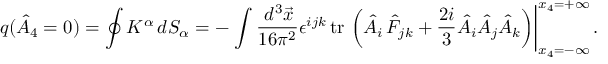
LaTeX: q ( \hat { A } _ { 4 } = 0 ) = \oint K ^ { \alpha } \, d S _ { \alpha } = - \left. \int \frac { \, d ^ { 3 } \vec { x } } { 1 6 \pi ^ { 2 } } \epsilon ^ { i j k } \, \mathrm { t r \, } \left( \hat { A } _ { i } \, \hat { F } _ { j k } + \frac { 2 i } 3 \hat { A } _ { i } \hat { A } _ { j } \hat { A } _ { k } \right) \right| _ { x _ { 4 } = - \infty } ^ { x _ { 4 } = + \infty } .